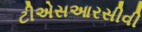
ટીએસઆરસીવી